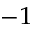
^ { - 1 }